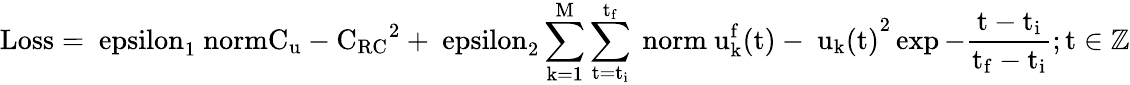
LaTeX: \mathrm{Loss=\ epsilon_{1}\ norm{C_{u}-C_{RC}}^{2}+\ epsilon_{2}\sum_{k=1}^{M}\sum_{t=t_{i}}^{t_{f}}\ norm{\ u_{k}^{f}(t)-\ u_{k}(t)}^{2}\exp{-\frac{t-t_{i}}{t_{f}-t_{i}}};t\in\mathbb{Z}}